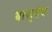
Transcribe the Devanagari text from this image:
बासुदेव